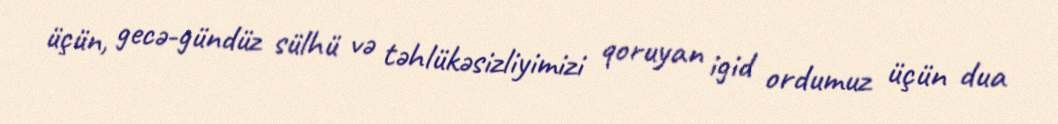
üçün, gecə-gündüz sülhü və təhlükəsizliyimizi qoruyan igid ordumuz üçün dua